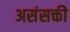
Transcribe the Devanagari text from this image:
असंसक्ती